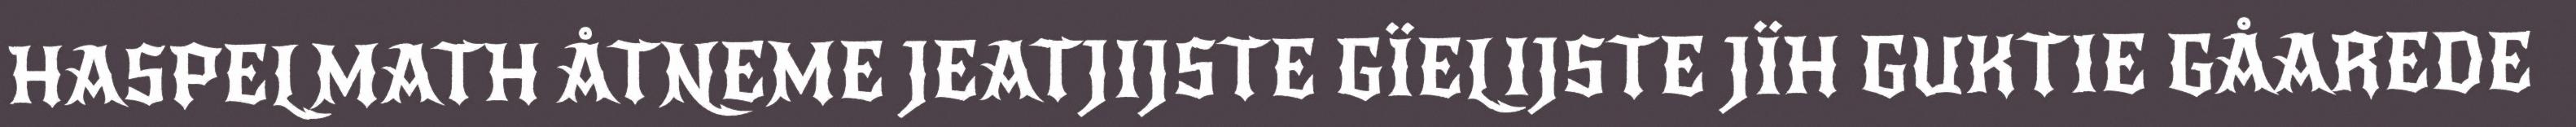
HASPELMATH ÅTNEME JEATJIJSTE GÏELIJSTE JÏH GUKTIE GÅAREDE